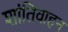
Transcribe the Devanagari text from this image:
शांतिवाहन